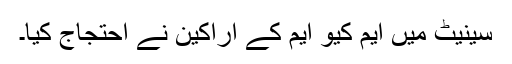
سینیٹ میں ایم کیو ایم کے اراکین نے احتجاج کیا۔